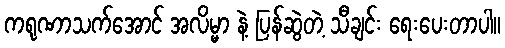
ကရုဏာသက်အောင် အလိမ္မာ နဲ့ ပြန်ဆွဲတဲ့ သီချင်း ရေးပေးတာပါ။